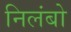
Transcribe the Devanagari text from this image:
निलंबो